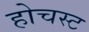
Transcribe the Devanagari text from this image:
होचस्ट